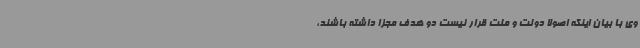
وی با بیان اینکه اصولاً دولت و ملت قرار نیست دو هدف مجزا داشته باشند،